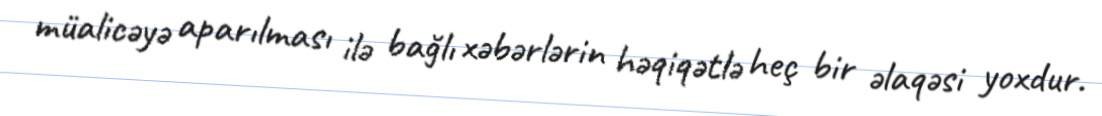
müalicəyə aparılması ilə bağlı xəbərlərin həqiqətlə heç bir əlaqəsi yoxdur.